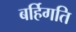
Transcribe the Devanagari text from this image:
बर्हिगति